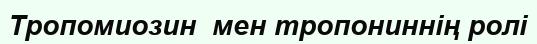
Тропомиозин  мен тропониннің ролі